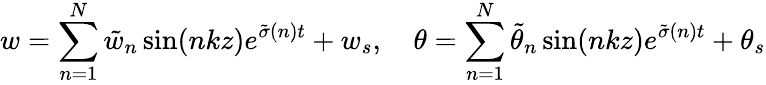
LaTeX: w=\sum_{n=1}^{N}\tilde{w}_{n}\sin(nkz)e^{\tilde{\sigma}(n)t}+w_{s},\quad\theta=\sum_{n=1}^{N}\tilde{\theta}_{n}\sin(nkz)e^{\tilde{\sigma}(n)t}+\theta_{s}